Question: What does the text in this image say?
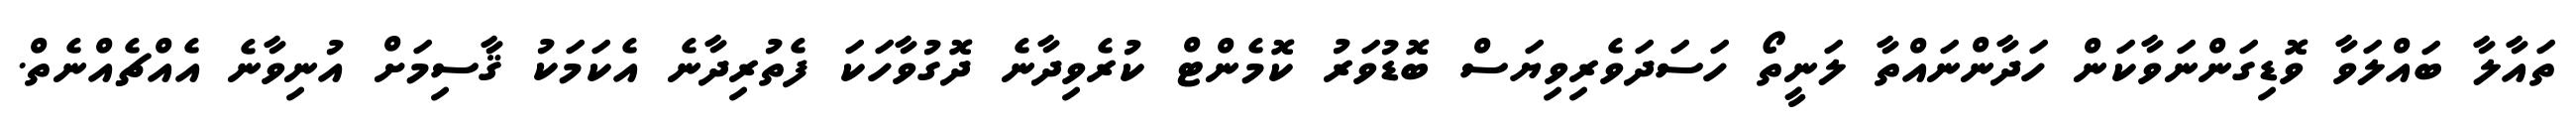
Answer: ތައާލާ ބައްލަވާ ވޮޑިގަންނަވާކަން ހަދާންނައްތާ ލަނީތޯ ހަސަދަވެރިވިޔަސް ބޮޑުވަރު ކޮމެންޓް ކުރެވިދާނެ ދޮގުވާހަކަ ފެތުރިދާނެ އެކަމަކު ޤާސިމަށް އުނިވާނެ އެއްޗެއްނެތް.